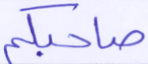
صاحبكم